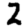
Digit: 2